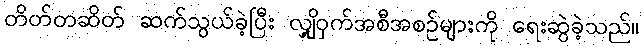
တိတ်တဆိတ် ဆက်သွယ်ခဲ့ပြီး လျှို့ဝှက်အစီအစဉ်များကို ရေးဆွဲခဲ့သည်။